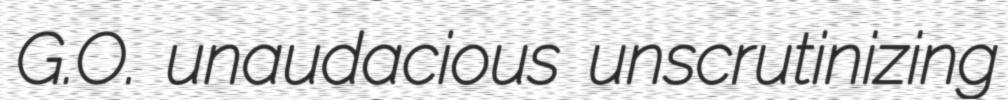
G.O. unaudacious unscrutinizing